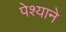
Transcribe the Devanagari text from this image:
पेश्याने